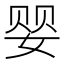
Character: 婴